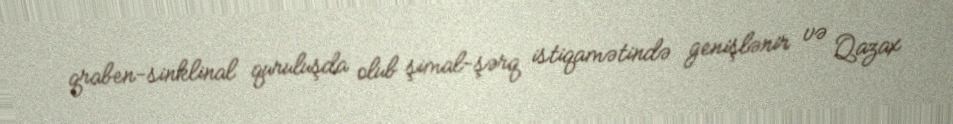
qraben-sinklinal quruluşda olub şimal-şərq istiqamətində genişlənir və Qazax